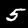
Label: 5